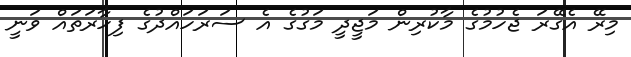
މިރޭ އެގޭރަ ޖެހުމުގެ މާކުރިން މަޖީދީ މަގުގެ އެ ސަރަހައްދުގެ ފިހާރަތައް ވަނީ